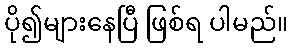
ပို၍များနေပြီ ဖြစ်ရ ပါမည်။